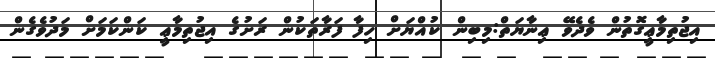
އިޖުތިމާޢީގޮތުން ވެދެވޭ ޢިނާޔަތް:މިބިން ކުއްޔަށް ހިފާ ފަރާތަކުން ރަށުގެ އިޖުތިމާޢީ ކަންކަމަށް މަދުވެގެން